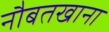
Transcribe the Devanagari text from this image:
नौबतखाना